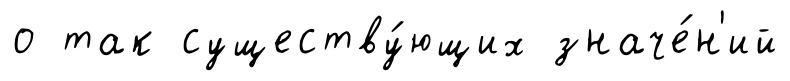
о так существу́ющих значе́н'ий